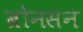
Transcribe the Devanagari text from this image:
ब्रोनसन